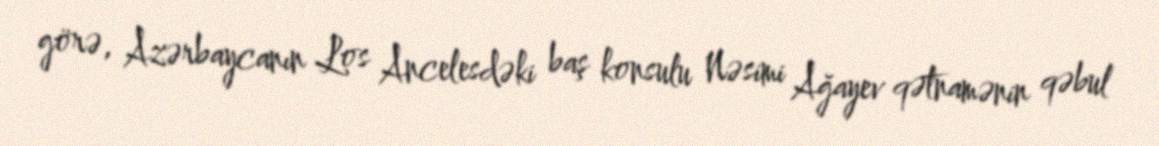
görə, Azərbaycanın Los Ancelesdəki baş konsulu Nəsimi Ağayev qətnamənin qəbul